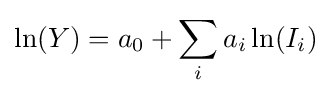
\ln(Y)=a_{0}+\sum _{i}a_{i}\ln(I_{i})